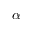
\alpha